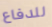
للدفاع